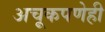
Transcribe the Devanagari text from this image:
अचूकपणेही